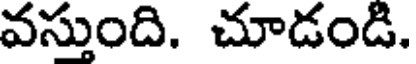
వస్తుంది. చూడండి.